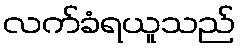
လက်ခံရယူသည်